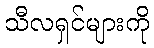
သီလရှင်များကို